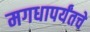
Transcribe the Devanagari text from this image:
मगधापर्यंतचे